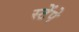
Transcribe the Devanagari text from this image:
स्टेंपे